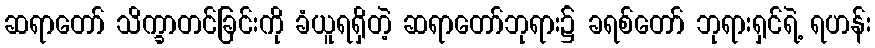
ဆရာတော် သိက္ခာတင်ခြင်းကို ခံယူရရှိတဲ့ ဆရာတော်ဘုရား၌ ခရစ်တော် ဘုရားရှင်ရဲ့ ရဟန်း